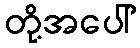
တို့အပေါ်